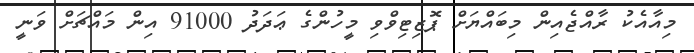
މިއާއެކު ރާއްޖެއިން މިބައްޔަށް ޕޮޒިޓިވްވި މީހުންގެ ޢަދަދު 91000 އިން މައްޗަށް ވަނީ